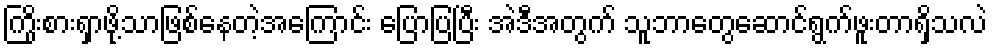
ကြိုးစားရှာဖို့သာဖြစ်နေတဲ့အကြောင်း ပြောပြပြီး အဲဒီအတွက် သူဘာတွေဆောင်ရွက်ဖူးတာရှိသလဲ